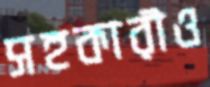
সহকারীও